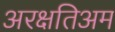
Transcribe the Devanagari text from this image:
अरक्षतिअम